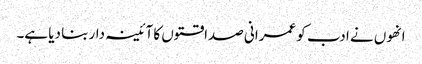
انھوں نے ادب کو عمرانی صداقتوں کا آئینہ دار بنا دیا ہے۔